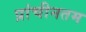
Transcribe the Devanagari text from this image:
प्रांचीनतम